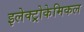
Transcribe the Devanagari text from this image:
इलेक्ट्रोकेमिकल